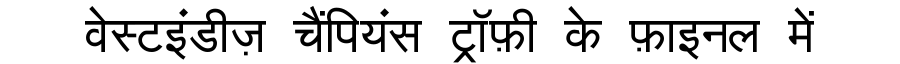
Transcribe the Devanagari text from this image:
वेस्टइंडीज़ चैंपियंस ट्रॉफ़ी के फ़ाइनल में